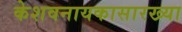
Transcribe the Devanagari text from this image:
केशवनायकासारख्या